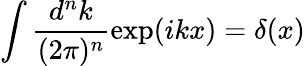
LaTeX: \int\frac{d^{n}k}{(2\pi)^{n}}\exp(ikx)=\delta(x)